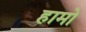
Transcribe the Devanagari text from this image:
हामो